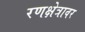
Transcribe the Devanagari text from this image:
रणक्षेत्रावर